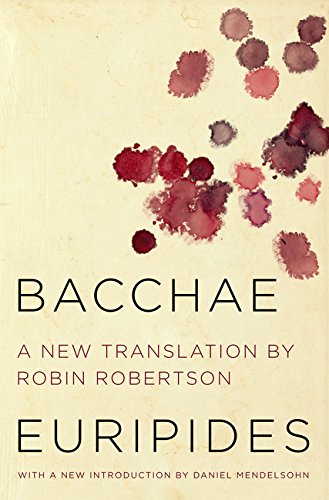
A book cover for Bacchae; Euripides; Literature & Fiction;